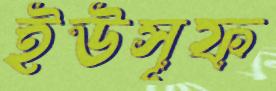
ইউসূফ